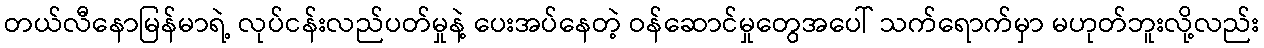
တယ်လီနောမြန်မာရဲ့ လုပ်ငန်းလည်ပတ်မှုနဲ့ ပေးအပ်နေတဲ့ ဝန်ဆောင်မှုတွေအပေါ် သက်ရောက်မှာ မဟုတ်ဘူးလို့လည်း